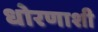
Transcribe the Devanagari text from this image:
धोरणाशी